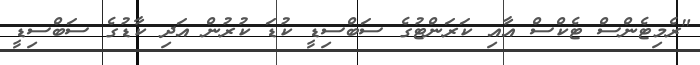
"ރެމިޓެންސް ޓެކްސް އާއި ކަރަންޓުގެ ސަބްސިޑީ ކުޑަ ކުރުން އަދި ކާޑުގެ ސަބްސިޑީ